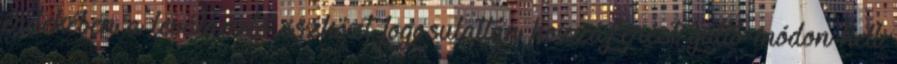
érdekében a leválasztó eszközt jogosulatlan hozzáférést gátló módon kell